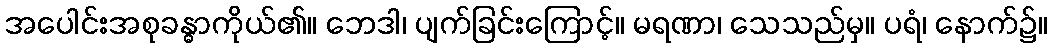
အပေါင်းအစုခန္ဓာကိုယ်၏။ ဘေဒါ၊ ပျက်ခြင်းကြောင့်။ မရဏာ၊ သေသည်မှ။ ပရံ၊ နောက်၌။